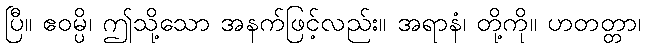
ပြီ။ ဧဝမ္ပိ၊ ဤသို့သော အနက်ဖြင့်လည်း။ အရာနံ၊ တို့ကို။ ဟတတ္တာ၊